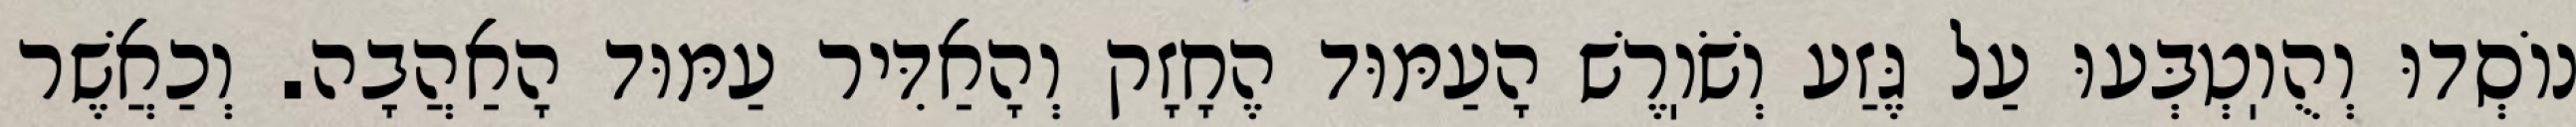
נוֹסְדוּ וְהֻוֽטְבְּעוּ עַל גֶּזַע וְשֹׁוֽרֶשׁ הָעַמּוּד הֶחָזָק וְהָאַדִּיר עַמּוּד הָאַהֲבָה. וְכַאֲשֶׁר